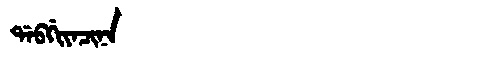
Manchu: ᡩᠠᠪᡤᡳᠶᠠᠴᡳᠨᠠ
Romanization: DABGIYACINA